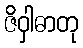
ဇိဝှါဓာတု